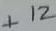
Text: +12